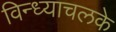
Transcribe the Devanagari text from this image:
विन्ध्याचलके